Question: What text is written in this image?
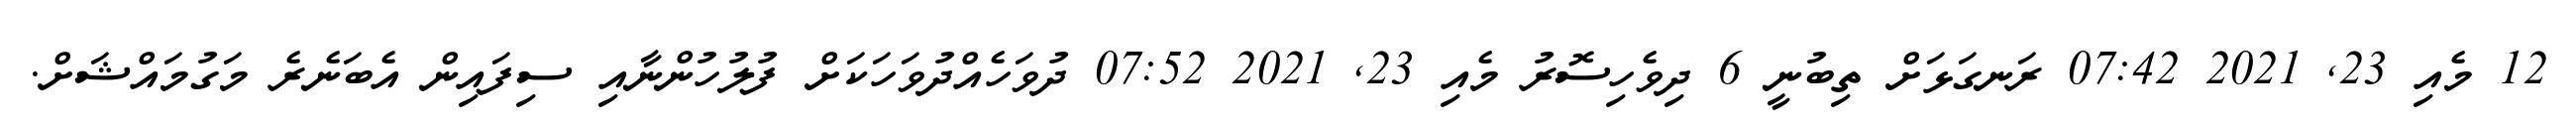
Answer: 12 މެއި 23, 2021 07:42 ރަނގަޅަށް ތިބުނީ 6 ދިވެހިސޮރު މެއި 23, 2021 07:52 ދުވަހެއްދުވަހަކަށް ފުލުހުންނާއި ސިފައިން އެބަނެރެ މަގުމައްޝަށް.